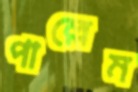
পাল্লেম